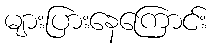
များပြားနေကြောင်း